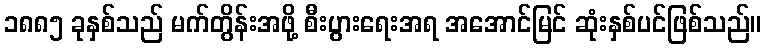
၁၈၈၅ ခုနှစ်သည် မက်တွိန်းအဖို့ စီးပွားရေးအရ အအောင်မြင် ဆုံးနှစ်ပင်ဖြစ်သည်။